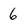
Character: 6